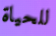
للحياة